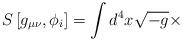
LaTeX: \begin{align*}S\left[ g_{\mu\nu},\phi_i \right]= \int d^4x \sqrt{-g} \times\end{align*}